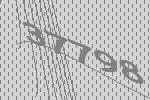
37798